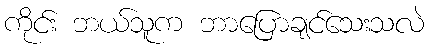
ကိုင်း ဘယ်သူက ဘာပြောချင်သေးသလဲ